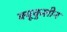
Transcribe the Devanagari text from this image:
क्यूकुशीन